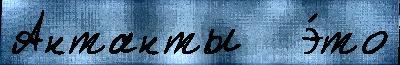
Антанты   э́то